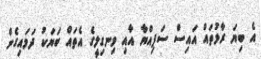
އެ ބިޔަ ރާޅުތައް އައިސް ސަފިއްޔާ އާއި ވިނގިލީގެ އެތައް ބަޔަކު ދަމައިގެން